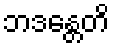
ဘဒန္တေတိ